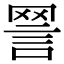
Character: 𧧧